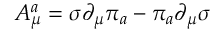
{ \cal A } _ { \mu } ^ { a } = \sigma \partial _ { \mu } \pi _ { a } - \pi _ { a } \partial _ { \mu } \sigma